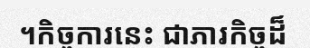
។កិច្ចការនេះ ជាភារកិច្ចដ៏